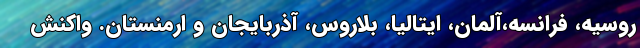
روسیه، فرانسه،آلمان، ایتالیا، بلاروس، آذربایجان و ارمنستان. واکنش